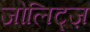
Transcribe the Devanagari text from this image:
जोलिट्ज़